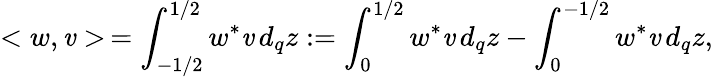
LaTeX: <w,\mathit{v}>\, =\int_{-1/2}^{1/2}w^{*}\mathit{v}\, d_{q}z:=\int_{0}^{1/2}w^{*}\mathit{v}\, d_{q}z-\int_{0}^{-1/2}w^{*}\mathit{v}\, d_{q}z,